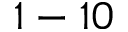
1 - 1 0